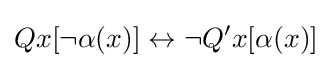
Qx[\lnot \alpha (x)]\leftrightarrow \lnot Q'x[\alpha (x)]